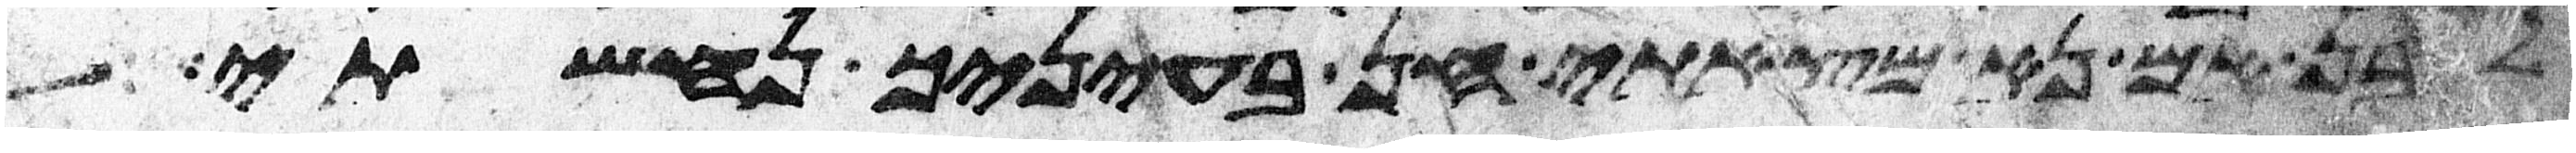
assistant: לבן אם נא מצאתי חן בעיניך נחשתי